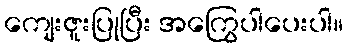
ကျေးဇူးပြုပြီး အကြွေပါပေးပါ။